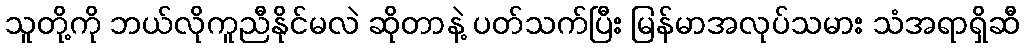
သူတို့ကို ဘယ်လိုကူညီနိုင်မလဲ ဆိုတာနဲ့ ပတ်သက်ပြီး မြန်မာအလုပ်သမား သံအရာရှိဆီ